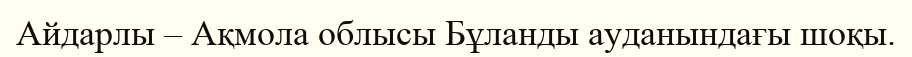
Айдарлы – Ақмола облысы Бұланды ауданындағы шоқы.